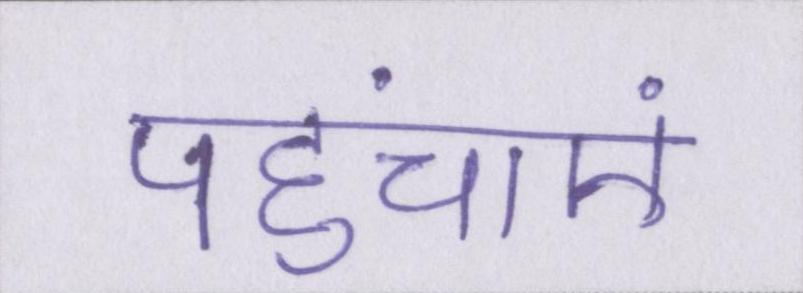
पहुंचाएं